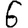
Digit: 6